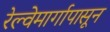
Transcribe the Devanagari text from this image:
रेल्वेमार्गापासून